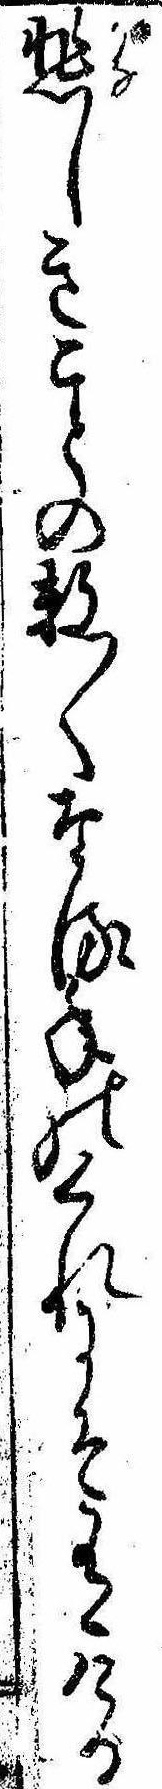
悲しきことの数〱なる年のくれにそ有ける